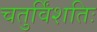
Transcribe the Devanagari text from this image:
चतुर्विंशतिः